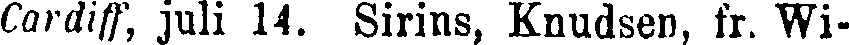
Cardiff, juli 14. Sirins, Knudsen, fr. Wi-